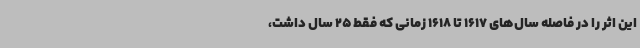
این اثر را در فاصله سال‌های 1617 تا 1618 زمانی که فقط 25 سال داشت،